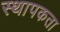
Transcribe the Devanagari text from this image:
स्थापकता